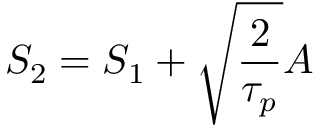
S _ { 2 } = S _ { 1 } + \sqrt { \frac { 2 } { \tau _ { p } } } A